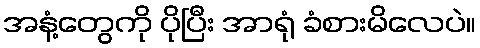
အနံ့တွေကို ပိုပြီး အာရုံ ခံစားမိလေပဲ။